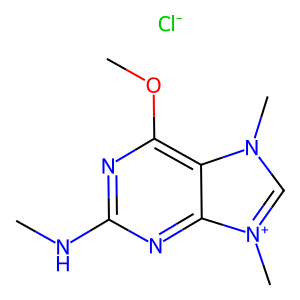
SMILES: CNc1nc(OC)c2c(n1)[n+](C)cn2C.[Cl-]
Inhibits HIV replication: No